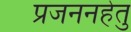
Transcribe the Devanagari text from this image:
प्रजननहेतु